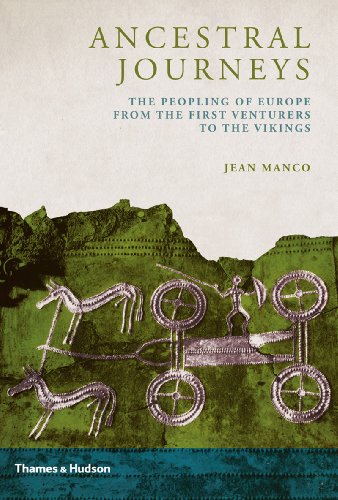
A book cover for Ancestral Journeys: The Peopling of Europe from the First Venturers to the Vikings; Jean Manco; Science & Math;